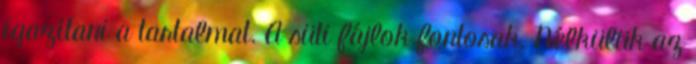
igazítani a tartalmat. A süti fájlok fontosak. Nélkülük az